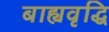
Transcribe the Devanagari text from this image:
बाह्यवृद्धि